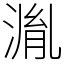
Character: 湚